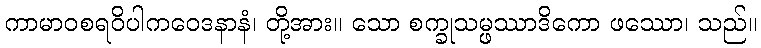
ကာမာဝစရဝိပါကဝေဒနာနံ၊ တို့အား။ သော စက္ခုသမ္ဖဿာဒိကော ဖဿော၊ သည်။